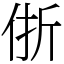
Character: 㑜